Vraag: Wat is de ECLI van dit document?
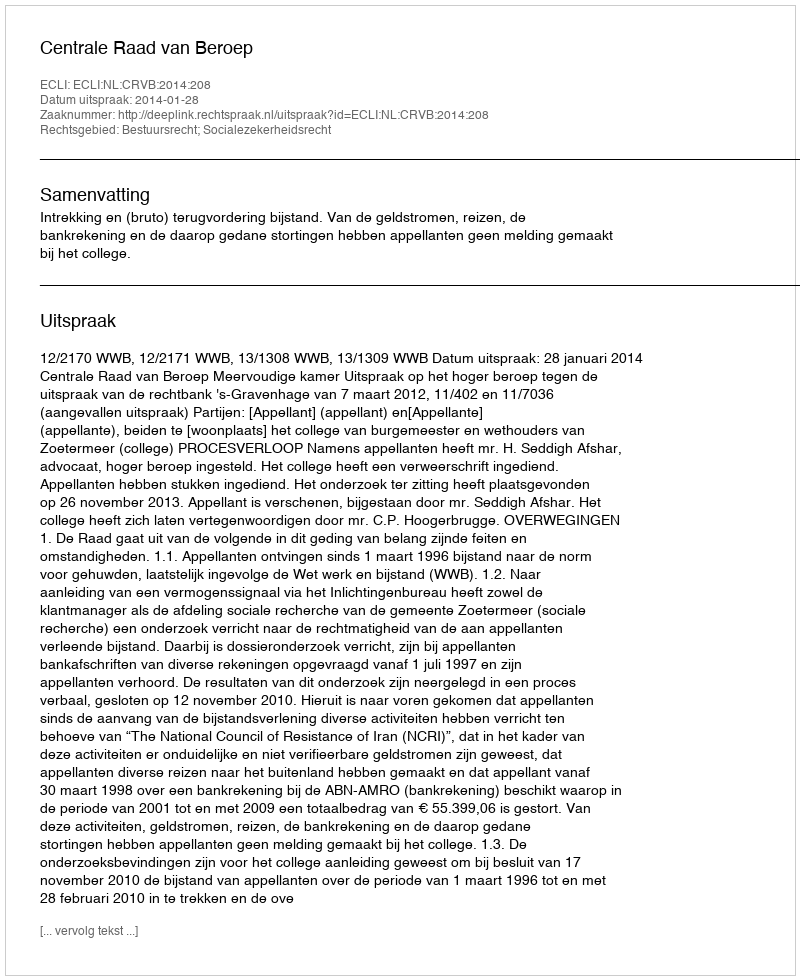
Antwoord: ECLI:NL:CRVB:2014:208